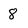
Character: 8